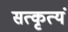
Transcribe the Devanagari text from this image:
सत्कृत्यं